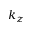
k _ { z }